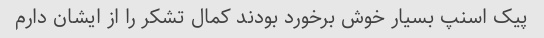
پیک اسنپ بسیار خوش برخورد بودند کمال تشکر را از ایشان دارم